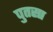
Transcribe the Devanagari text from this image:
पुतसा